Vaccination United Provinces of Agra and Oudh 1914-1922 - 1914-1922
Year: 1914
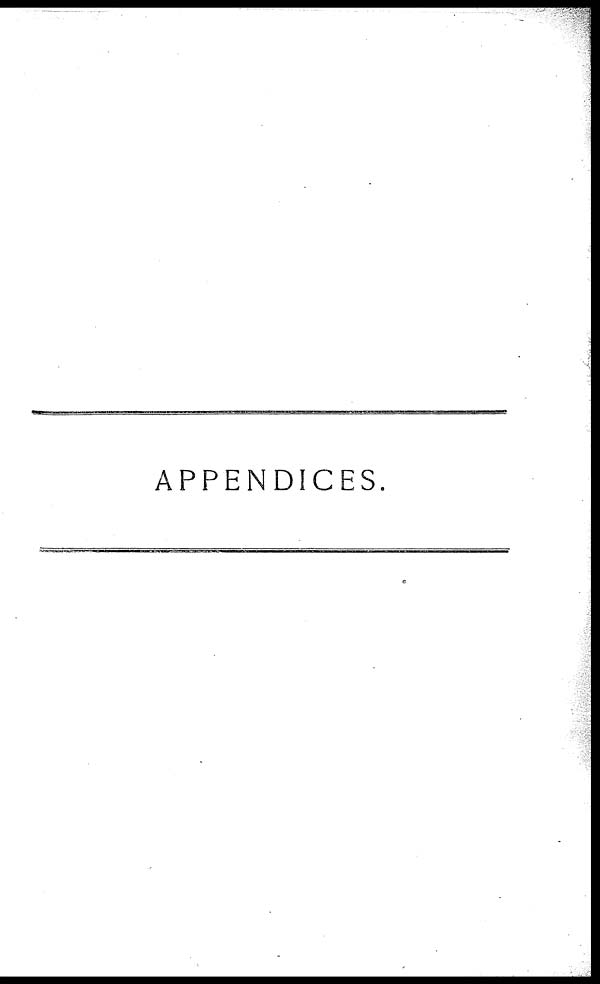
APPENDICES.